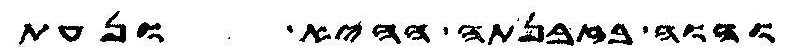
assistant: והוה בזבנתה ההיא ונעת